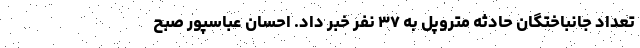
تعداد جانباختگان حادثه متروپل به ۳۷ نفر خبر داد. احسان عباسپور صبح